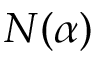
N ( \alpha )